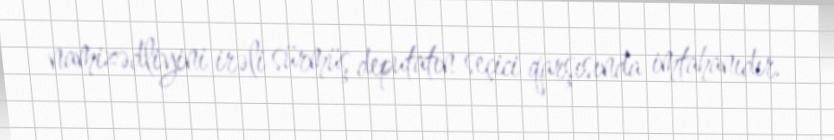
namizədliyini irəli sürmüş deputatın seçici qarşısında imtahanıdır.